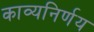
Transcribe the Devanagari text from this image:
काव्यनिर्णय